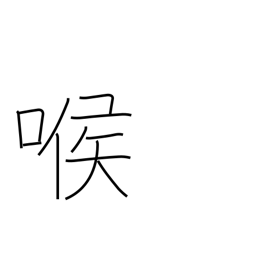
Meaning: voice